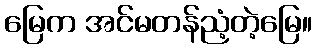
မြေက အင်မတန်ညံ့တဲ့မြေ။